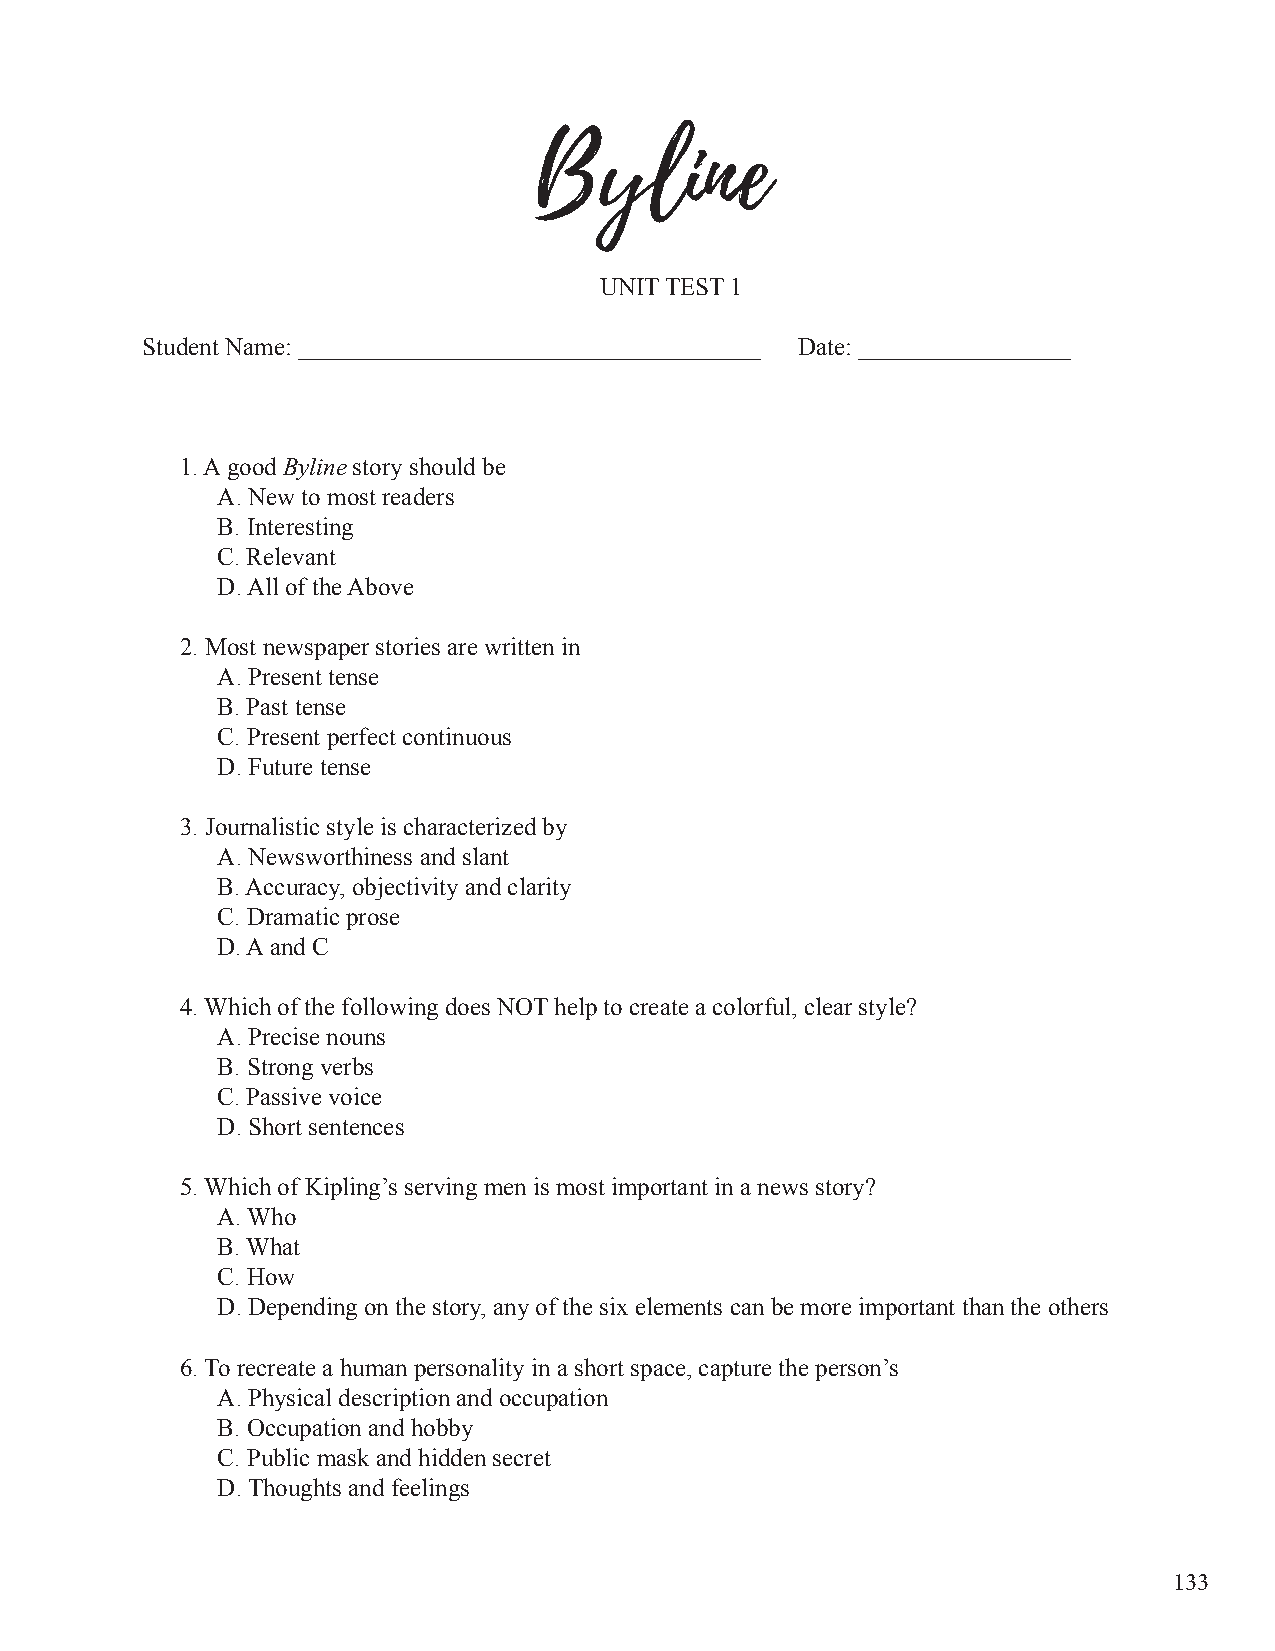
Byline
 UNIT TEST 1
 Student Name: _____________________________________ Date: _________________
 1. A good Byline story should be
 A. New to most readers
 B. Interesting
 C. Relevant
 D. All of the Above
 2. Most newspaper stories are written in
 A. Present tense
 B. Past tense
 C. Present perfect continuous
 D. Future tense
 3. Journalistic style is characterized by
 A. Newsworthiness and slant
 B. Accuracy, objectivity and clarity
 C. Dramatic prose
 D. A and C
 4. Which of the following does NOT help to create a colorful, clear style?
 A. Precise nouns
 B. Strong verbs
 C. Passive voice
 D. Short sentences
 5. Which of Kipling’s serving men is most important in a news story?
 A. Who
 B. What
 C. How
 D. Depending on the story, any of the six elements can be more important than the others
 6. To recreate a human personality in a short space, capture the person’s
 A. Physical description and occupation
 B. Occupation and hobby
 C. Public mask and hidden secret
 D. Thoughts and feelings
 133